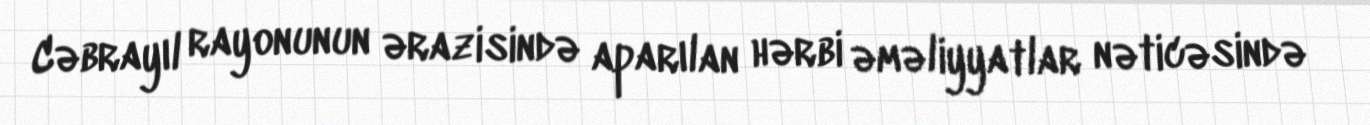
Cəbrayıl rayonunun ərazisində aparılan hərbi əməliyyatlar nəticəsində